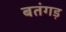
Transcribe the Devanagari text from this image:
बतंगड़